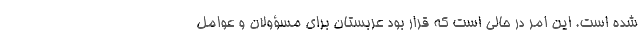
شده است. این امر در حالی است که قرار بود عربستان برای مسؤولان و عوامل